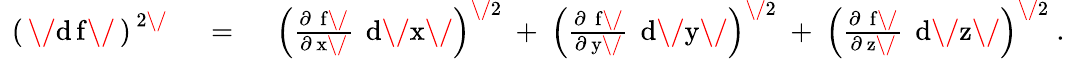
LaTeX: \begin{array}{rlr}{\mathrm{~\, (\, }\mathrm{\mathit\/ d\, f\/ }\mathrm{\, )}^{\mathrm{\, 2\/ }}}&{\mathrm{\ =\ }}&{\left({\frac{\partial\, \mathrm{\mathit~f\/ }}{\partial\mathrm{\mathit~x\/ }}}\, \mathrm{\mathit~d\/ x\/ }\right)^{\mathrm{\/ 2}}\mathrm{~+~}\left({\frac{\partial\, \mathrm{\mathit~f\/ }}{\partial\mathrm{\mathit~y\/ }}}\, \mathrm{\mathit~d\/ y\/ }\right)^{\mathrm{\/ 2}}\mathrm{~+~}\left({\frac{\partial\, \mathrm{\mathit~f\/ }}{\partial\mathrm{\mathit~z\/ }}}\, \mathrm{\mathit~d\/ z\/ }\right)^{\mathrm{\/ 2}}\mathrm{\ .}}\end{array}